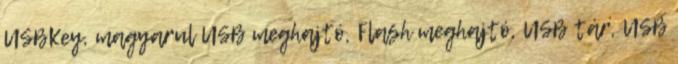
USBKey, magyarul USB meghajtó, Flash meghajtó, USB tár, USB